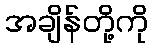
အချိန်တို့ကို